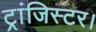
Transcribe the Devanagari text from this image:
ट्रांजिस्टर।